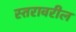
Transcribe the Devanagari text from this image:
स्‍तरावरील